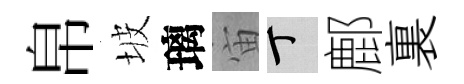
帛坡璃宙丁鄜裏